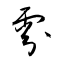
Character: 雰